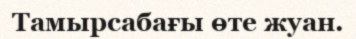
Тамырсабағы өте жуан.